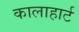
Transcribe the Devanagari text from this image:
कालाहार्ट